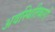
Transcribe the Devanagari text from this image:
अवस्थितिकारों